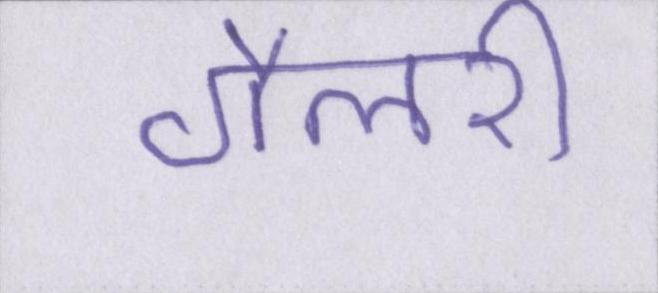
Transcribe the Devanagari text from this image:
गैलरी